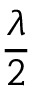
\frac { \lambda } { 2 }